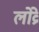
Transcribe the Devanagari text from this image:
लोव्रे